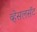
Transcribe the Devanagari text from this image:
व्हेसलसॅट